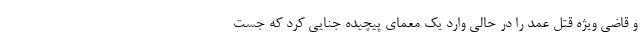
و قاضی ویژه قتل عمد را در حالی وارد یک معمای پیچیده جنایی کرد که جست